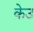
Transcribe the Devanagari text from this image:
केउ